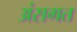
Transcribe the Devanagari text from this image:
अंसगत